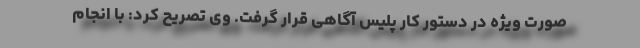
صورت ویژه در دستور کار پلیس آگاهی قرار گرفت. وی تصریح کرد: با انجام